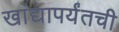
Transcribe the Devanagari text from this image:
खांद्यापर्यंतची